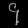
Digit: ၄